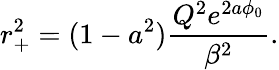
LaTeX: r_{+}^{2}=(1-a^{2})\frac{Q^{2}e^{2a\phi_{0}}}{\beta^{2}}.